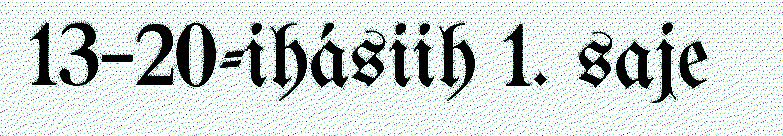
13–20-ihásiih 1. saje